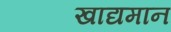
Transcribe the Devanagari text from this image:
खाद्यमान